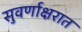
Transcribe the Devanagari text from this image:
सुवर्णाक्षरात